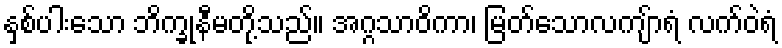
နှစ်ပါးသော ဘိက္ခုနီမတို့သည်။ အဂ္ဂသာဝိကာ၊ မြတ်သောလကျ်ာရံ လက်ဝဲရံ